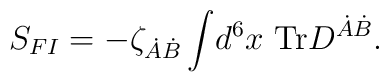
S_{FI}=-\zeta_{\dot{A}\dot{B}}\int \! d^6x~{\rm Tr}D^{\dot{A}\dot{B}}.